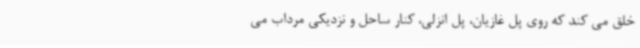
خلق می کند که روی پل غازیان، پل انزلی، کنار ساحل و نزدیکی مرداب می